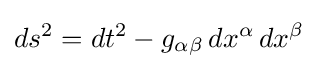
ds^{2}=dt^{2}-g_{\alpha \beta }\,dx^{\alpha }\,dx^{\beta }